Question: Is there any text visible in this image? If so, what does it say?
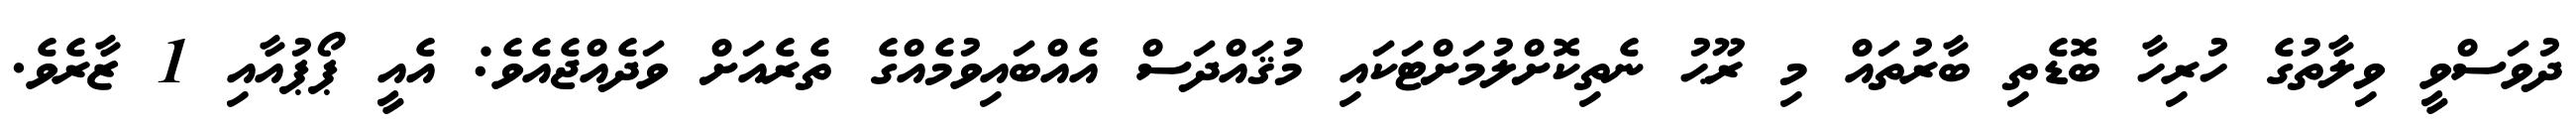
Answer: ދުވަސްވީ ވިލާތުގެ ހުރިހާ ބޮޑެތި ބާރުތައް މި ރޫޙު ނެތިކޮށްލުމަށްޓަކައި މުޤައްދަސް އެއްބައިވުމެއްގެ ތެރެއަށް ވަދެއްޖެއެވެ: އެއީ ޕޯޕުއާއި 1 ޒާރެވެ.